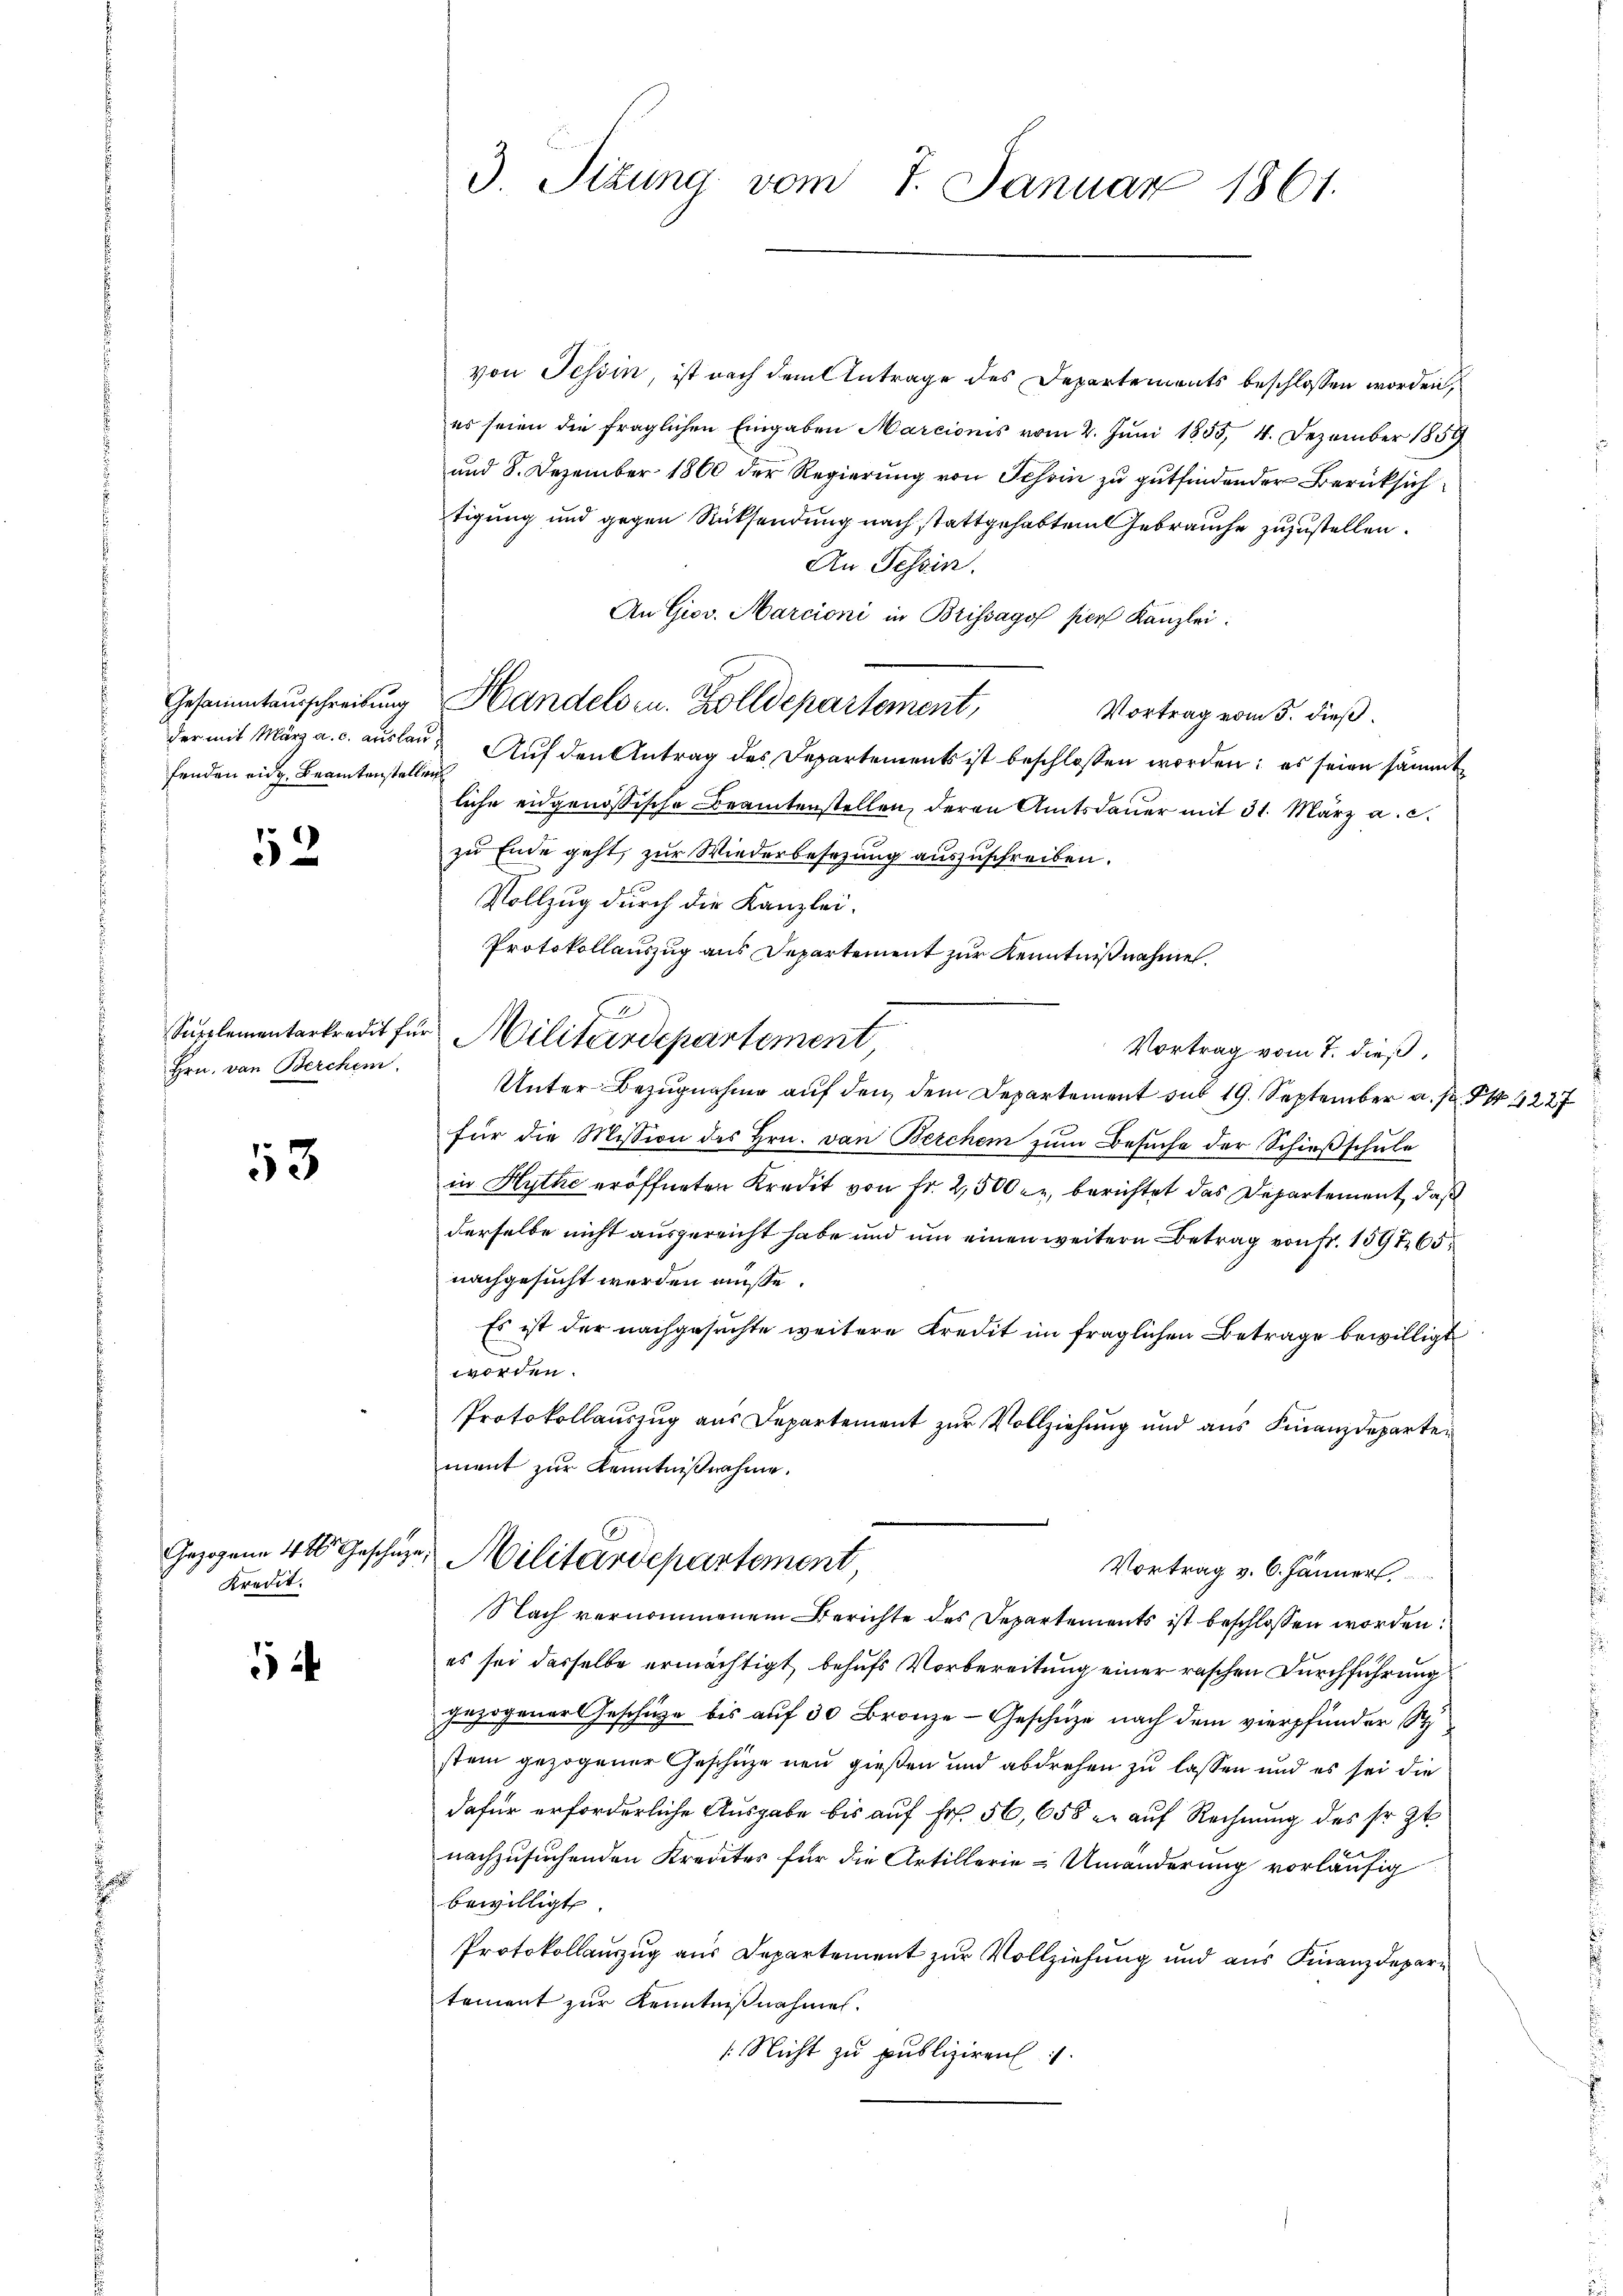
fenden eidg. Beamtenstellen

52

Hrn. von Berchen.

13

Kredit.

5

von Tessin, ist nach dem Antrage des Departements beschlossen worden,
es seien die fraglichen Eingaben Marcionis vom 2. Juni 1855, 4. Dezember 1859
und 8. Dezember 1800 der Regierung von Schon zu gutfindender Berücksichtigung und gegen Rücksendung nach stattgehabten Gebrauche zuzustellen.
An Tessin.
Vortrag vom 3. dieß.
der mit März a. c. auslaut Auf den Antrag des Departements ist beschlossen worden: es seien sämmtliche eidgenössische Beamtenstellen, deren Amtsdauer mit 31. März a. c.
zu Ende geht, zur Wiederbesetzung auszuschreiben.
Vollzug durch die Kanzlei.
Protokollauszug aus Departement zur Kenntnißnahme.
Vortrag vom 7. dieß,
Unter Bezugnahme auf den dem Departement sub 19. September a.
für die Mission des Hrn. von Berchen zŭm Besŭche der Schieβschule
in Hythe eröffneten Kredit von Fr. 2,500 r. berichtet das Departement, daß
derselbe nicht ausgereicht habe und um einen weitern Betrag von Fr. 1597 65
nachgesucht werden müsse.
Es ist der nachgesuchte weitere Kredit im fraglichen Betrage bewilligt
worden.
Protokollauszug aus Departement zur Vollziehung und aus Finanzdeparten
ment zur Kenntnißnahme.
Gezogen 480 Geschähe, Militärdepartement
Vortrag v. 6. Jänner
Nach vernommenem Berichte des Departements ist beschlossen worden.
es sei dasselbe ermächtigt behufs Vorbereitung einer raschen Durchführung
gezogener Geschütze bis auf 30 Bronze- Geschütze nach dem vierpfänder S
stein gezogener Geschüze neu gießen und abdrehen zu lassen und es sei die
dafür erforderliche Ausgabe bis auf Fr. 56,658 er auf Rechnung des sr. Zt.
nachzusuchenden Kredites für die Artillerie-Umänderung vorläufig
bewilligt.
Protokollauszug aus Departement zur Vollziehung und aus Finanzdepartement zur Kenntnißnahmen.
: Nicht zu publiziren.

3. Sizung vom 7. Januar 1861.

An Giov. Marcioni in Brissago per Kanzlei:
Gesammtausschreibung Handels zu. Zolldepartement,

Supplementarkredit für Militärdepartement,

4227